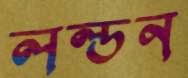
লল্ডন